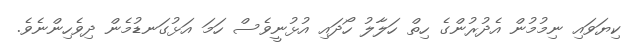
ކިޔަވައި ނިމުމުން އެދުރުންގެ ހިތް ހަލާލު ހޯދައި އުޅުނީވެސް ހަމަ އަޅުގަނޑުމެން ދިވެހިންނެވެ.